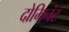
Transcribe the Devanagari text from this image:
दोमिनंट